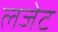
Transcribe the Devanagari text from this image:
लजेट